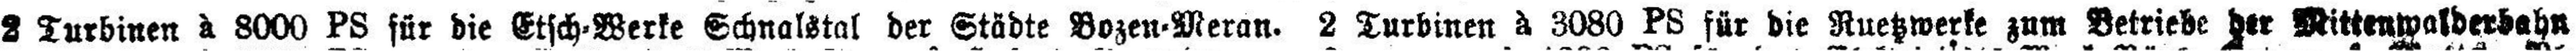
2 Turbinen à 8000 PS für die Etsch-Werke Schnalstal der Städte Bozen-Meran. 2 Turbinen à 3080 PS für die Ruetzwerke zum Betriebe der Mittenwalderbahn